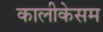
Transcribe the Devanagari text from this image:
कालीकेसम